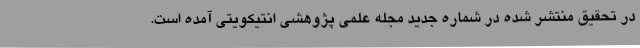
در تحقیق منتشر شده در شماره جدید مجله علمی پژوهشی انتیکویتی آمده است.